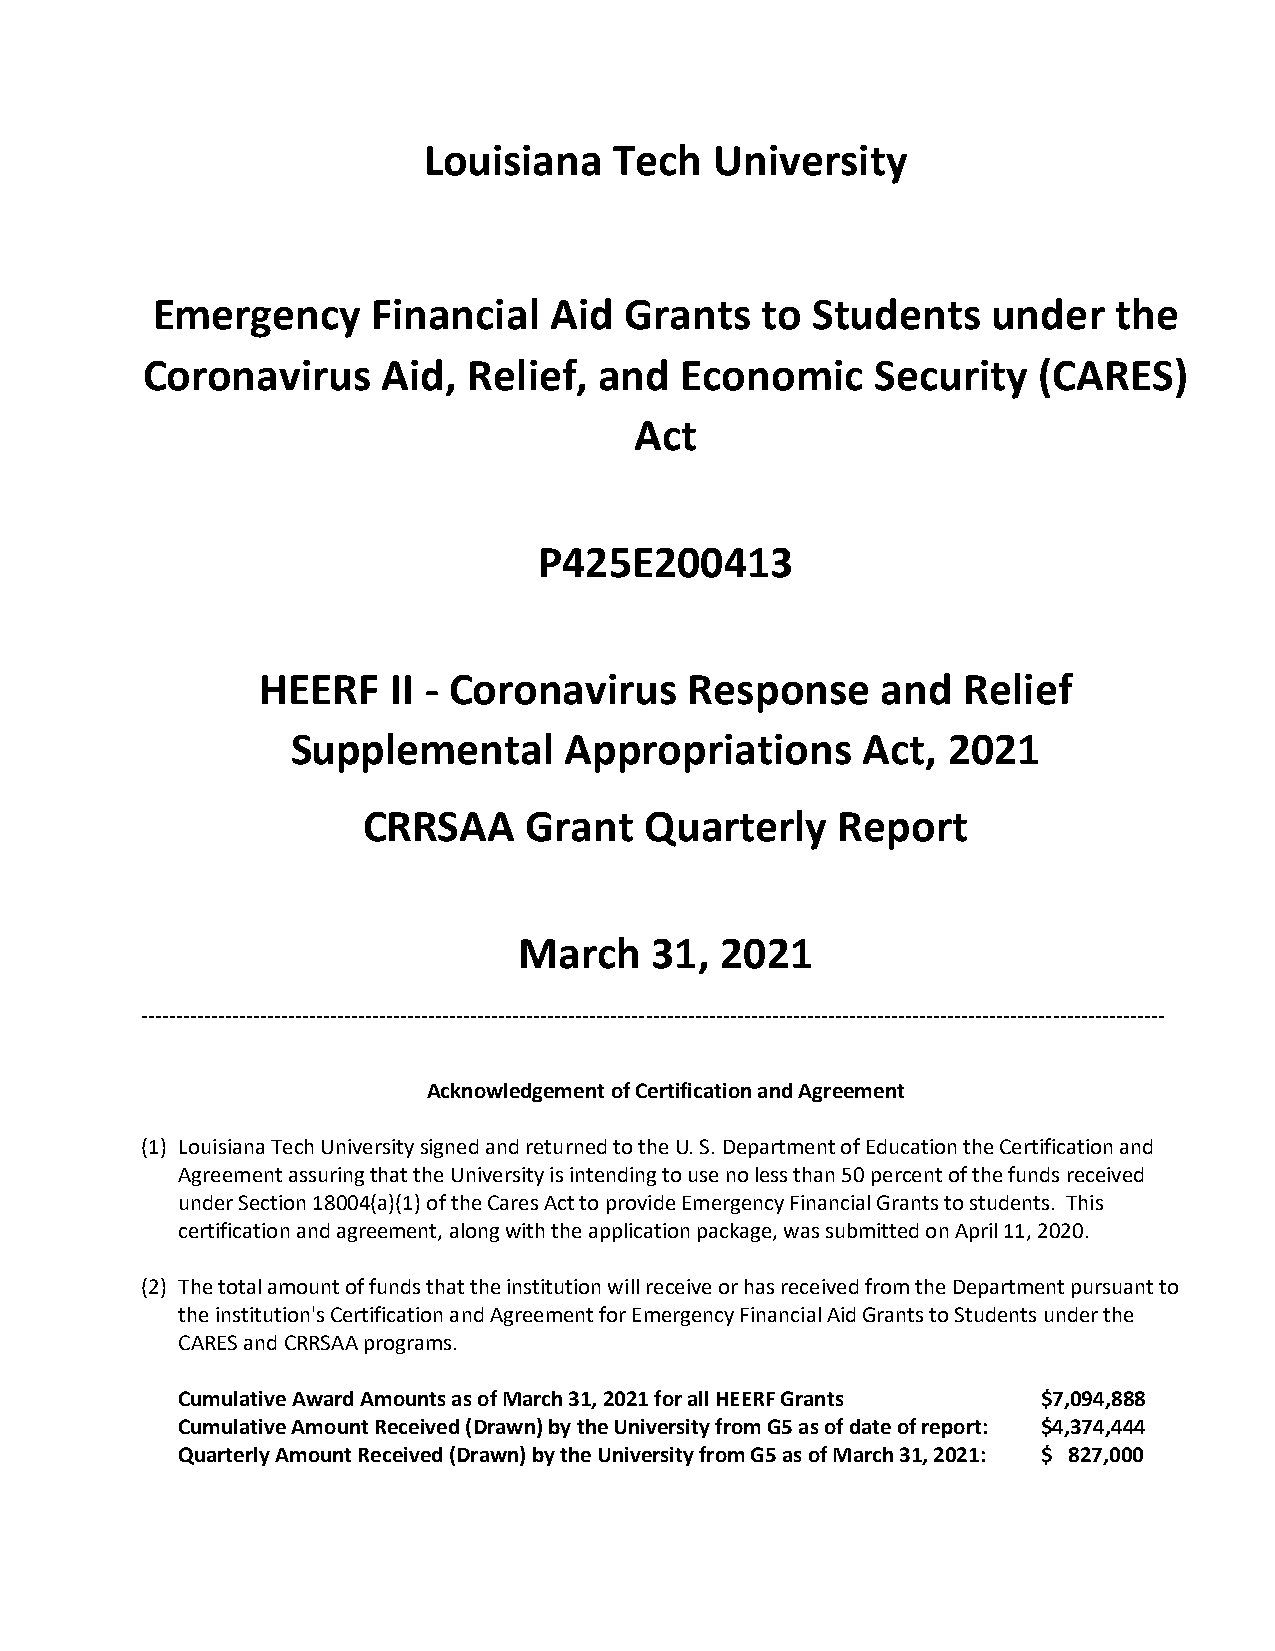
Louisiana    Tech  University
 Emergency      Financial  Aid  Grants   to  Students    under   the
 Coronavirus     Aid,  Relief,  and  Economic     Security   (CARES)
 Act
 P425E200413
 HEERF    II - Coronavirus    Response    and   Relief
 Supplemental      Appropriations      Act,  2021
 CRRSAA     Grant   Quarterly    Report
 March    31,  2021
 --------------------------------------------------------------------------------------------------------------------------------------------------
 Acknowledgement of Certification and Agreement
 (1) Louisiana Tech University signed and returned to the U. S. Department of Education the Certification and
 Agreement assuring that the University is intending to use no less than 50 percent of the funds received
 under Section 18004(a)(1) of the Cares Act to provide Emergency Financial Grants to students. This
 certification and agreement, along with the application package, was submitted on April 11, 2020.
 (2) The total amount of funds that the institution will receive or has received from the Department pursuant to
 the institution's Certification and Agreement for Emergency Financial Aid Grants to Students under the
 CARES and CRRSAA programs.
 Cumulative Award Amounts as of March 31, 2021 for all HEERF Grants $7,094,888
 Cumulative Amount Received (Drawn) by the University from G5 as of date of report: $4,374,444
 Quarterly Amount Received (Drawn) by the University from G5 as of March 31, 2021: $ 827,000